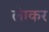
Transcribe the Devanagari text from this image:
लेाकर